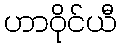
ဟာဝိုင်ယီ